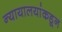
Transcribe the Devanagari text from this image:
न्यायालयांकडून